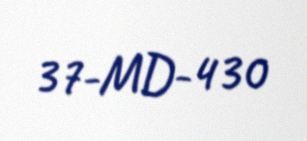
37-MD-430